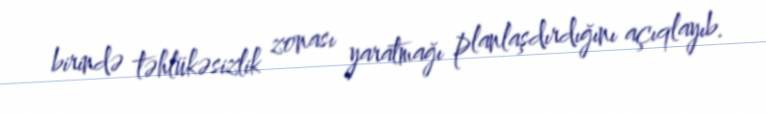
birində təhlükəsizlik zonası yaratmağı planlaşdırdığını açıqlayıb.